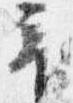
音